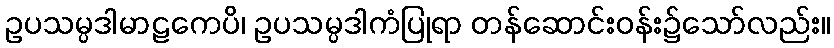
ဥပသမ္ပဒါမာဠကေပိ၊ ဥပသမ္ပဒါကံပြုရာ တန်ဆောင်းဝန်း၌သော်လည်း။